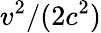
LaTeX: v^{2}/(2c^{2})